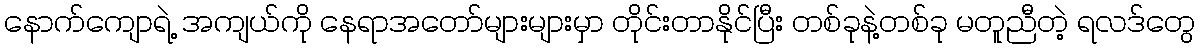
နောက်ကျောရဲ့ အကျယ်ကို နေရာအတော်များများမှာ တိုင်းတာနိုင်ပြီး တစ်ခုနဲ့တစ်ခု မတူညီတဲ့ ရလဒ်တွေ